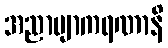
အညာဗျာကရဏာနိ